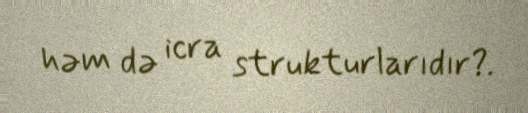
həm də icra strukturlarıdır?.